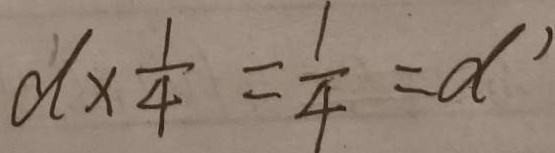
d \times \frac { 1 } { 4 } = \frac { 1 } { 4 } = d ^ { 1 }